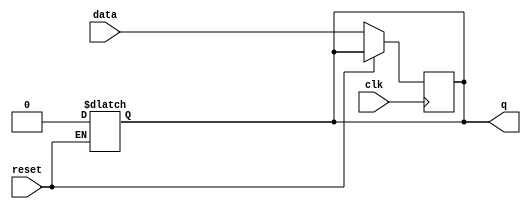
module async_reset_flip_flop (
    input wire reset,        // Active-high asynchronous reset
    input wire clk,         // Clock signal
    input wire data,        // Data input signal
    output reg q            // Output state
);

// Asynchronous reset logic
always @(*) begin
    if (reset) begin
        q <= 1'b0;          // Set output to 0 when reset is high
    end
end

// Synchronous logic on clock edge
always @(posedge clk) begin
    if (!reset) begin
        q <= data;         // Update output with data on rising edge of clock
    end
end

endmodule